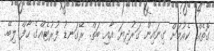
ގޮތެއް. ކެއުމަށް ގިނައިން ގަރުދިޔަ އާއި ބަތް. ރޭގަނޑު ފުރުޓެއްގެ ހާފް ލިބޭ.